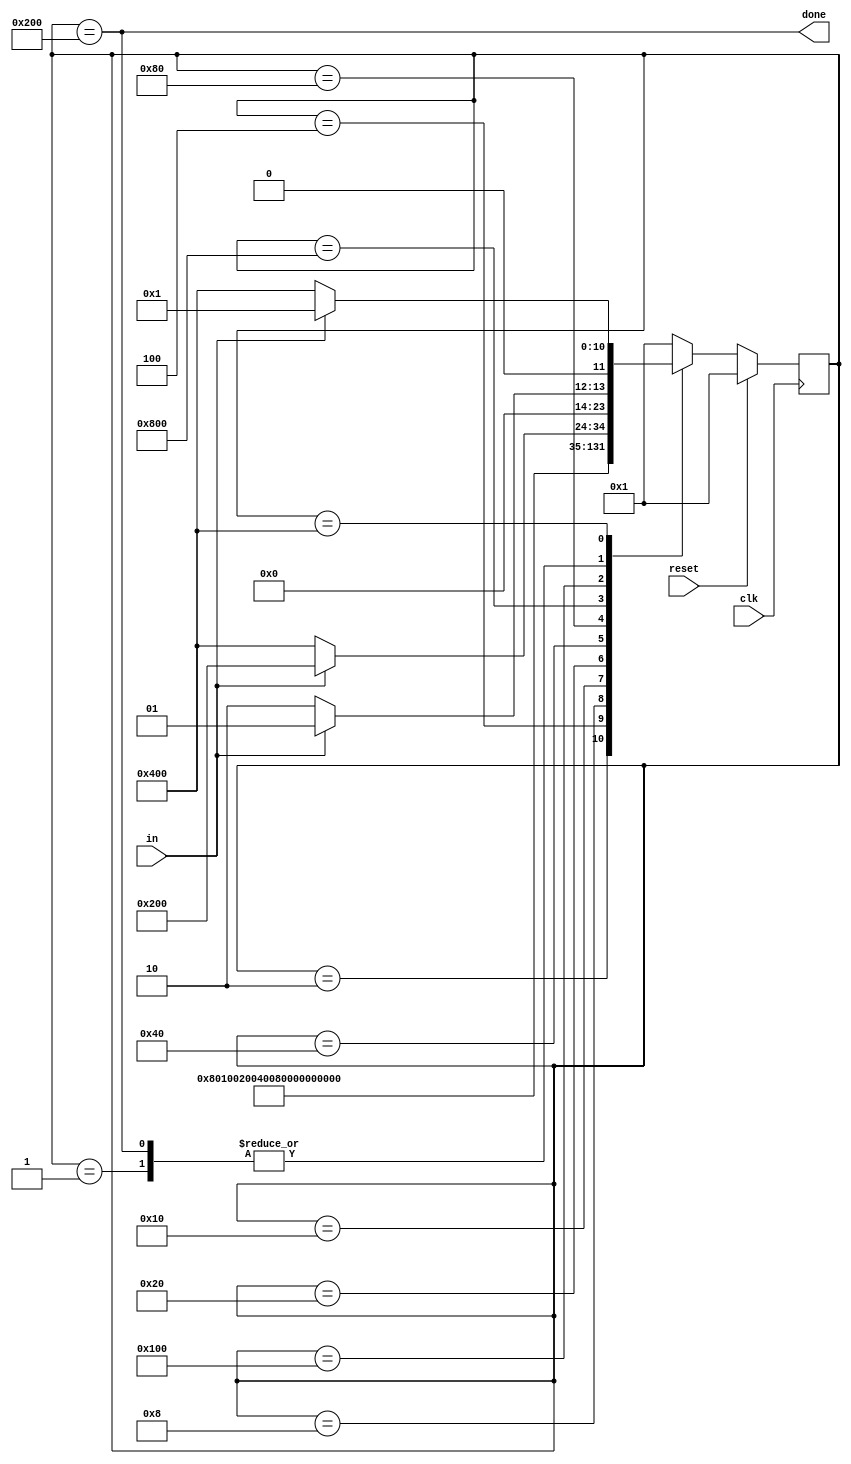
module top_module(
    input clk,
    input in,
    input reset,    // Synchronous reset
    output done
); 

    reg [11:0] state, next_state;
    
    always @(*)
        case(state)
            12'b000000000001 : 	if(~in) next_state <= 12'b000000000010;
            					else next_state <= 12'b000000000001;

            12'b000000000010 : 	next_state <= 12'b000000000100;
            12'b000000000100 : 	next_state <= 12'b000000001000;
            12'b000000001000 : 	next_state <= 12'b000000010000;
            12'b000000010000 : 	next_state <= 12'b000000100000;
            12'b000000100000 : 	next_state <= 12'b000001000000;
            12'b000001000000 : 	next_state <= 12'b000010000000;
            12'b000010000000 : 	next_state <= 12'b100000000000;
            12'b100000000000 : 	next_state <= 12'b000100000000;

            12'b000100000000 : 	if(in) next_state <= 12'b001000000000;
                                else   next_state <= 12'b010000000000;
            12'b001000000000 :   if(in) next_state <= 12'b000000000001;
                                else   next_state <= 12'b000000000010;
            12'b010000000000 :   if(in) next_state <= 12'b000000000001;
                                else   next_state <= 12'b010000000000;

            default : next_state <= 12'b000000000001;
        endcase

    always @(posedge clk)
        if(reset)
            state <= 12'b000000000001;
        else
            state <= next_state;

    assign done = (state == 12'b001000000000);
    
endmodule